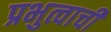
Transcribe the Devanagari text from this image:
प्रभुत्वाची